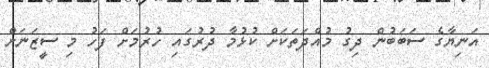
އަނިޔާގެ ސަބަބުން ދިގު މުއްދަތަކަށް ކުޅުމާ ދުރުގައި ހުރުމަށް ފަހު މި ސީޒަނަށް